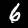
Digit: 6